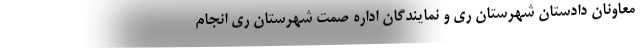
معاونان دادستان شهرستان ری و نمایندگان اداره صمت شهرستان ری انجام